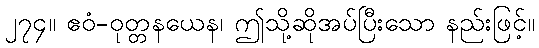
၂၇၄။ ဧဝံ-ဝုတ္တနယေန၊ ဤသို့ဆိုအပ်ပြီးသော နည်းဖြင့်။